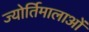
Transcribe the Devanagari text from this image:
ज्योर्तिमालाओं